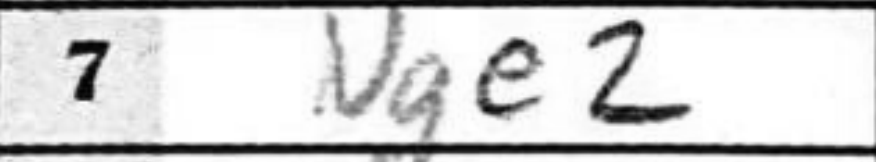
Transcription: Nge2